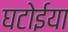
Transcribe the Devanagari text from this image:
घटोईया